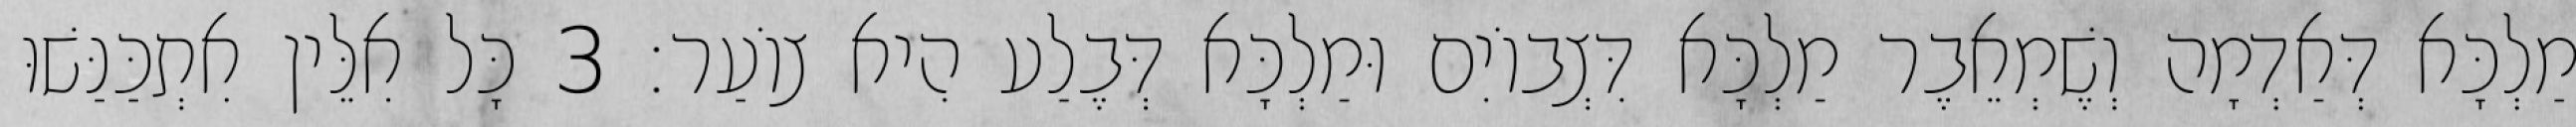
מַלְכָּא דְּאַדְמָה וְשֶׁמְאֵבֶר מַלְכָּא דִּצְבוֹיִם וּמַלְכָּא דְּבֶלַע הִיא צוֹעַר׃ 3 כָּל אִלֵּין אִתְכַּנַּשׁוּ